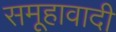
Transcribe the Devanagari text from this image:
समूहावादी